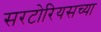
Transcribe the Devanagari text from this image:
सरटोरियसच्या